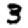
Digit: 3